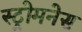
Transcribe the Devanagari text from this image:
स्ट्रोमनेस